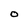
Character: O